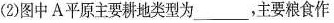
(2)图中A平原主要耕地类型为___，主要粮食作